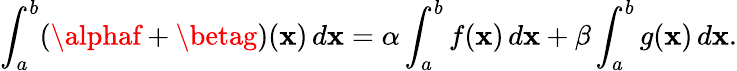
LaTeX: \int_{a}^{b}(\alphaf+\betag)(\mathbf{x})\, d\mathbf{x}=\alpha\int_{a}^{b}f(\mathbf{x})\, d\mathbf{x}+\beta\int_{a}^{b}g(\mathbf{x})\, d\mathbf{x}.